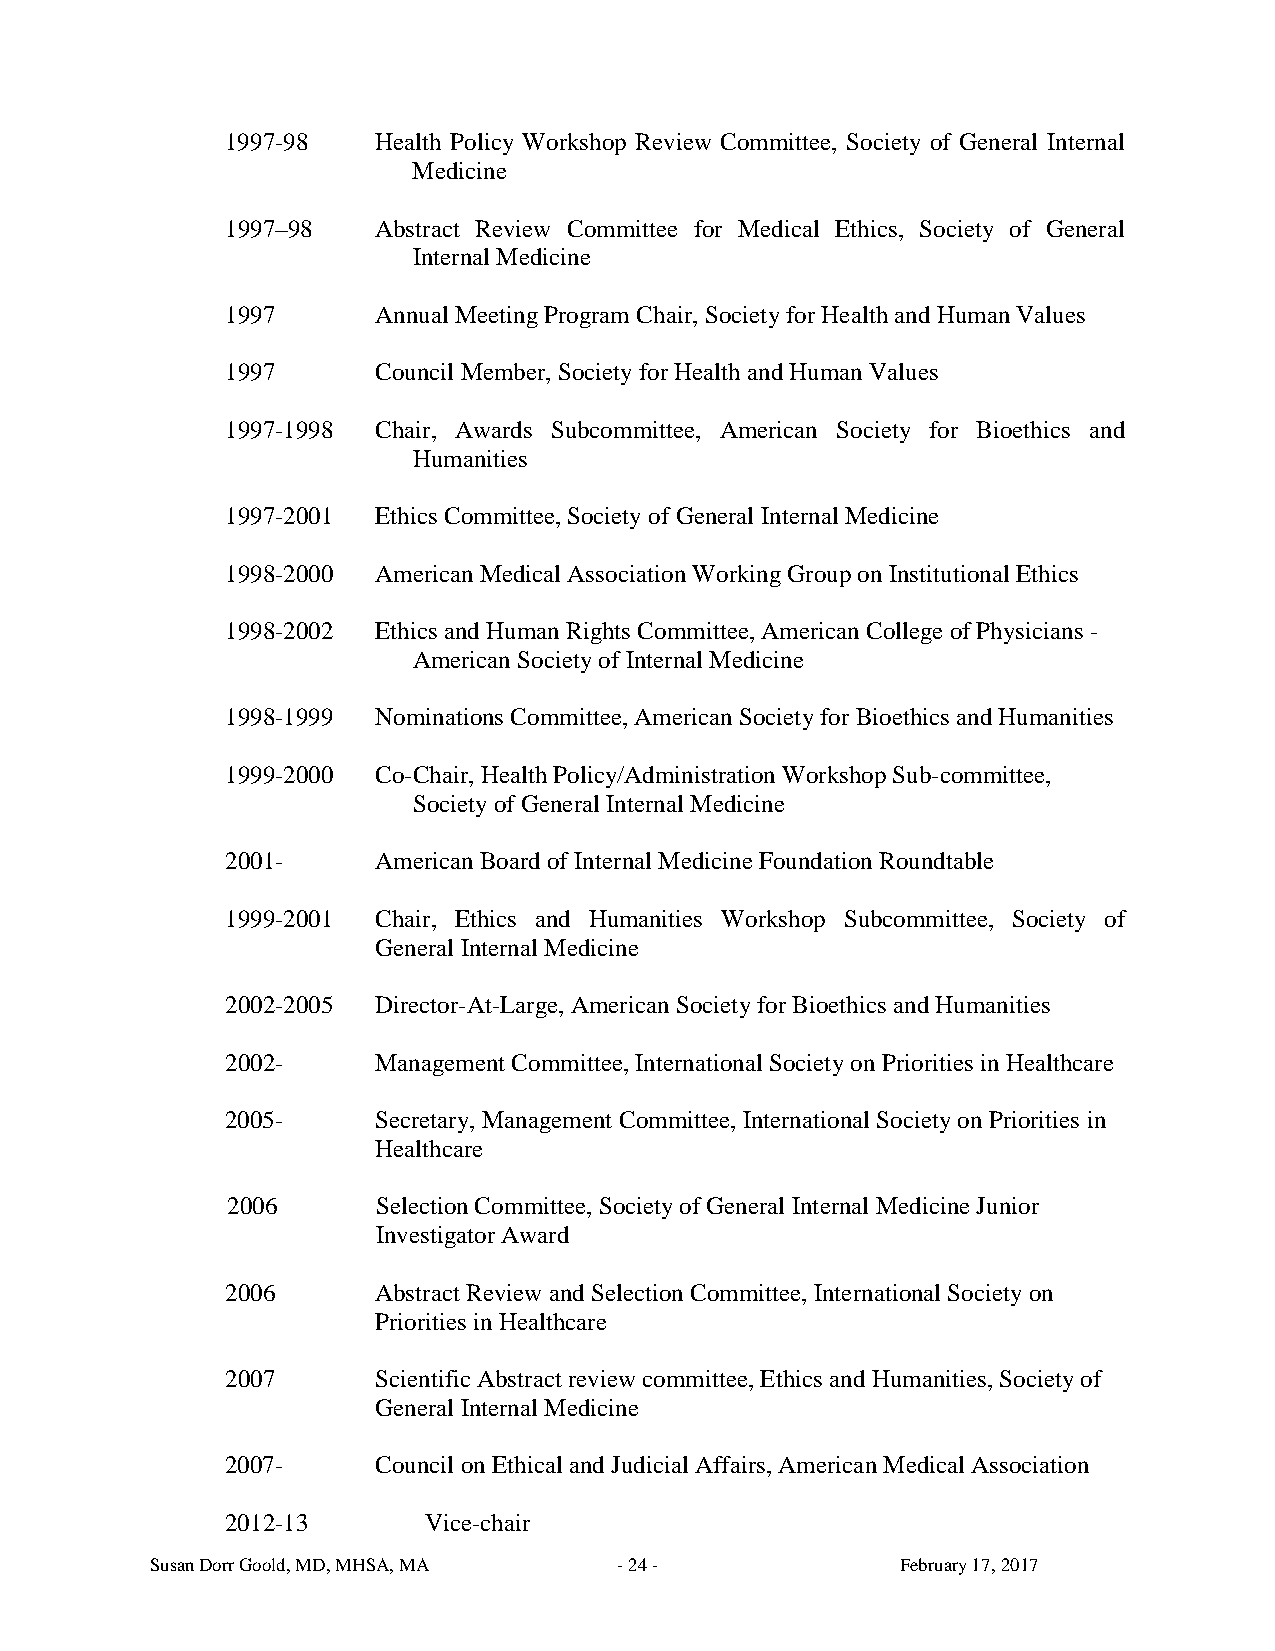
1997-98   Health Policy Workshop Review Committee, Society of General Internal
 Medicine
 1997–98   Abstract Review Committee for Medical Ethics, Society of General
 Internal Medicine
 1997      Annual Meeting Program Chair, Society for Health and Human Values
 1997      Council Member, Society for Health and Human Values
 1997-1998 Chair, Awards Subcommittee, American Society for Bioethics and
 Humanities
 1997-2001 Ethics Committee, Society of General Internal Medicine
 1998-2000 American Medical Association Working Group on Institutional Ethics
 1998-2002 Ethics and Human Rights Committee, American College of Physicians -
 American Society of Internal Medicine
 1998-1999 Nominations Committee, American Society for Bioethics and Humanities
 1999-2000 Co-Chair, Health Policy/Administration Workshop Sub-committee,
 Society of General Internal Medicine
 2001-     American Board of Internal Medicine Foundation Roundtable
 1999-2001 Chair, Ethics and Humanities Workshop Subcommittee, Society of
 General Internal Medicine
 2002-2005 Director-At-Large, American Society for Bioethics and Humanities
 2002-     Management Committee, International Society on Priorities in Healthcare
 2005-     Secretary, Management Committee, International Society on Priorities in
 Healthcare
 2006      Selection Committee, Society of General Internal Medicine Junior
 Investigator Award
 2006      Abstract Review and Selection Committee, International Society on
 Priorities in Healthcare
 2007      Scientific Abstract review committee, Ethics and Humanities, Society of
 General Internal Medicine
 2007-     Council on Ethical and Judicial Affairs, American Medical Association
 2012-13      Vice-chair
 Susan Dorr Goold, MD, MHSA, MA - 24 -             February 17, 2017